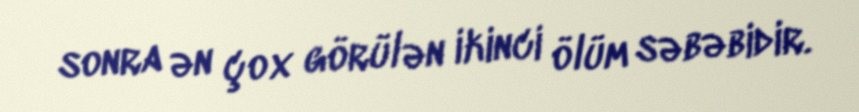
sonra ən çox görülən ikinci ölüm səbəbidir.